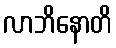
လာဘိနောတိ